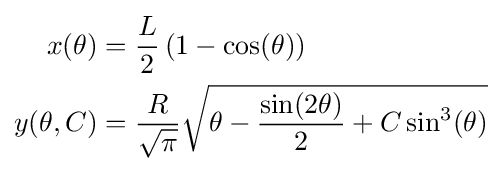
{\begin{aligned}x(\theta )&={L \over 2}\left(1-\cos(\theta )\right)\\y(\theta ,C)&={R \over {\sqrt {\pi }}}{\sqrt {\theta -{\sin(2\theta ) \over 2}+C\sin ^{3}(\theta )}}\end{aligned}}